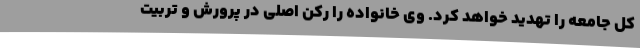
کل جامعه را تهدید خواهد کرد. وی خانواده را رکن اصلی در پرورش و تربیت